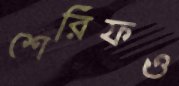
শেরিফও